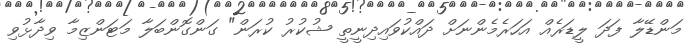
މަންޑޭލާ ފަދަ ލީޑަރެއް އަހަރެމެންނަށް ދައްކުވައިދިނީތީ ޝުކުރު ކުރަން" ގަންގޮންބަލާ މަޓަންޒިމާ ވިދާޅުވި